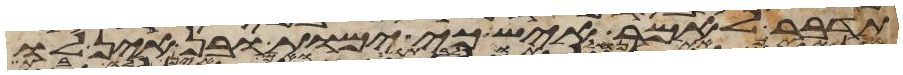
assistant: תדבר לאמר איש כי ימות ובן אין לו